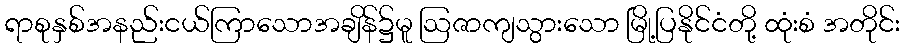
ရာစုနှစ်အနည်းငယ်ကြာသောအချိန်၌မူ ဩဇာကျသွားသော မြို့ပြနိုင်ငံတို့ ထုံးစံ အတိုင်း